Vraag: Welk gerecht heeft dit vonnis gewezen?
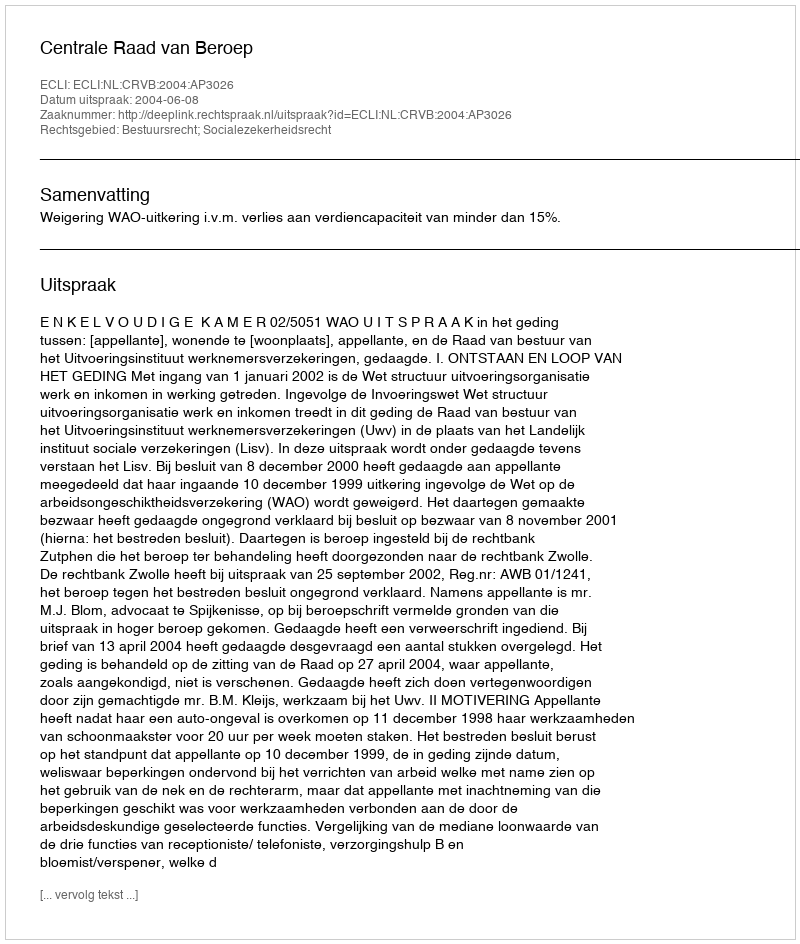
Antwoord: Centrale Raad van Beroep